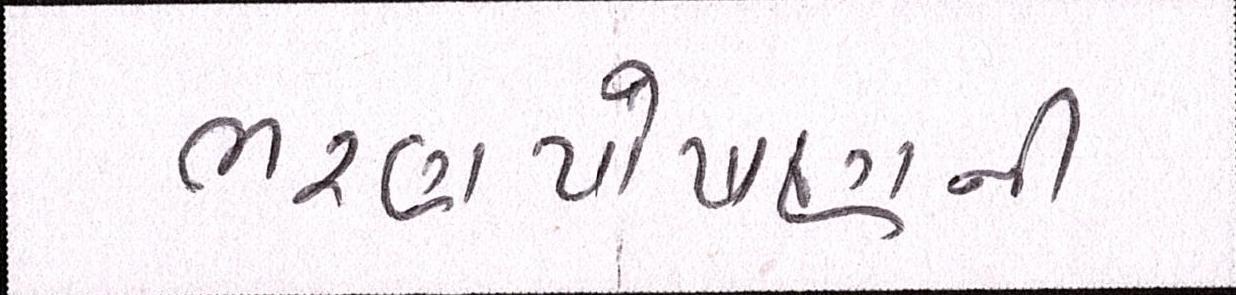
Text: ભરણપોષણની